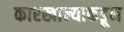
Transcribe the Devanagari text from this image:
कारखान्याकडून